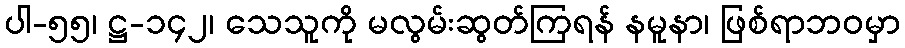
ပါ-၅၅၊ ဋ္ဌ-၁၄၂၊ သေသူကို မလွမ်းဆွတ်ကြရန် နမူနာ၊ ဖြစ်ရာဘဝမှာ